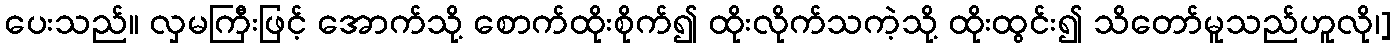
ပေးသည်။ လှမကြီးဖြင့် အောက်သို့ စောက်ထိုးစိုက်၍ ထိုးလိုက်သကဲ့သို့ ထိုးထွင်း၍ သိတော်မူသည်ဟူလို၊]